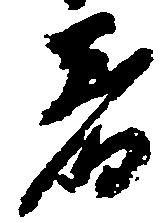
着